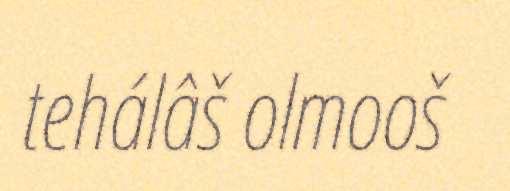
tehálâš olmooš